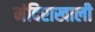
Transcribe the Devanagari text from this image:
मंदिराखाली